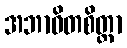
အဘာဝိတစိတ္တာ